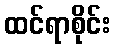
ထင်ရာစိုင်း